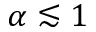
\alpha \lesssim 1